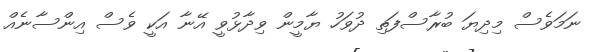
ނަމަވެސް މިދިޔަ ބުރާސްފަތި ދުވަހު ޔާމީން ވިދާޅުވީ އޭނާ އަކީ ވެސް އިންސާނެއް